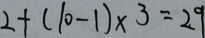
2 + ( 1 0 - 1 ) \times 3 = 2 9